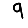
Digit: 9